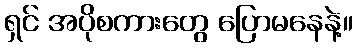
ရှင် အပိုစကားတွေ ပြောမနေနဲ့။